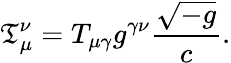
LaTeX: {\mathfrak{T}}_{\mu}^{\nu}=T_{\mu\gamma}g^{\gamma\nu}{\frac{\sqrt{-g}}{c}}.